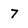
Character: 7